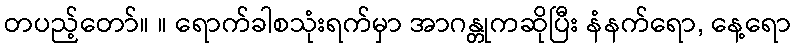
တပည့်တော်။ ။ ရောက်ခါစသုံးရက်မှာ အာဂန္တုကဆိုပြီး နံနက်ရော, နေ့ရော